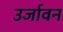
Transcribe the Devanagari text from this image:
उर्जावन